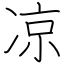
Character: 凉